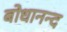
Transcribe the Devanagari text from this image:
बोधानन्द